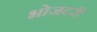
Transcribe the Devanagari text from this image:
भोजदरी